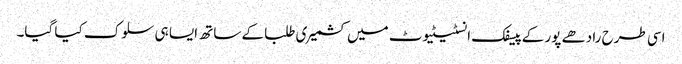
اسی طرح رادھے پور کے پیسفک انسٹیٹیوٹ میں کشمیری طلبا کے ساتھ ایسا ہی سلوک کیا گیا۔